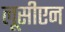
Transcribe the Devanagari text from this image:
लूसीएन